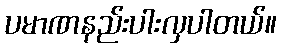
ပမာဏနည်းပါးလှပါတယ်။